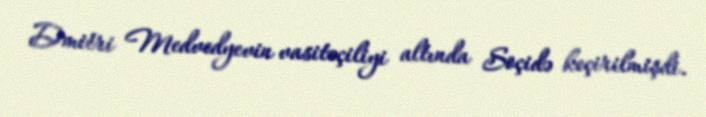
Dmitri Medvedyevin vasitəçiliyi altında Soçidə keçirilmişdi.